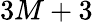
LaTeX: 3M+3